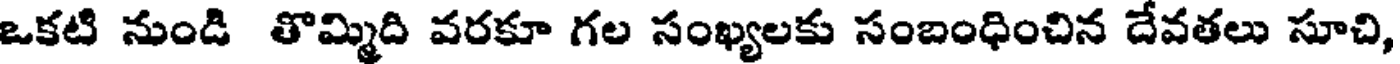
ఒకటి నుండి తొమ్మిది వరకూ గల సంఖ్యలకు సంబంధించిన దేవతలు సూచి,